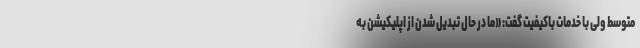
متوسط ولی با خدمات باکیفیت گفت: «ما در حال تبدیل شدن از اپلیکیشن به